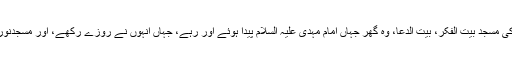
امام مہدی کی مسجد بیت الفکر، بیت الدعا، وہ گھر جہاں امام مہدی علیہ السلام پیدا ہوئے اور رہے، جہاں انہوں نے روزے رکھے، اور مسجدنور بھی گئے۔